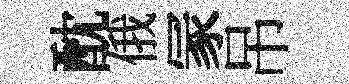
酖俄冡吊